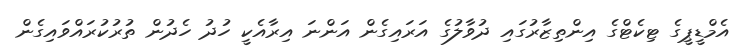
އެމްޑީޕީގެ ޓިކެޓްގެ އިންތިޒާރުގައި ދުވާލުގެ އަރައިގެން އަންނަ އިރާއެކީ ހުދު ހެދުން ތުރުކުރައްވައިގެން